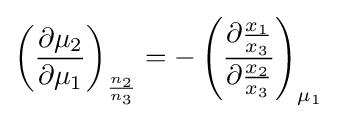
\left({\frac {\partial \mu _{2}}{\partial \mu _{1}}}\right)_{\frac {n_{2}}{n_{3}}}=-\left({\frac {\partial {\frac {x_{1}}{x_{3}}}}{\partial {\frac {x_{2}}{x_{3}}}}}\right)_{\mu _{1}}